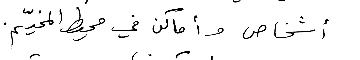
أشخاص وأماكن في محيط المخيّم.